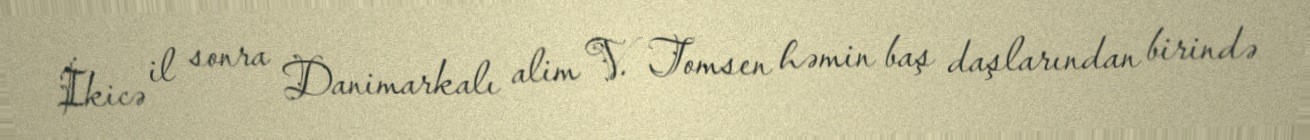
İkicə il sonra Danimarkalı alim V. Tomsen həmin baş daşlarından birində